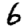
Digit: 6